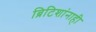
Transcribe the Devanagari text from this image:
ब्रिटिशांनाही